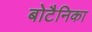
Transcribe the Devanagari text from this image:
बोटैनिका